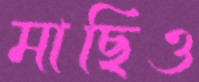
মাছিও